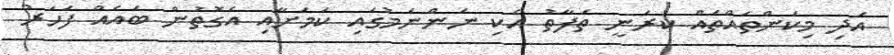
އަދި މިކަންތައްތައް ކުރަނީ ތަފާތު އެކި ނަންނަމުގައި ކަމަށާއި އެގޮތުން ބައެއް ފަހަރު